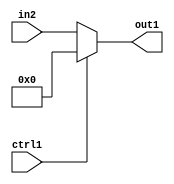
`timescale 1ps / 1ps
/*****************************************************************************
    Verilog RTL Description
    
    
    Created by: Stratus DpOpt 21.05.01 
*******************************************************************************/

module dut_N_Mux_16_2_24_4 (
	in2,
	ctrl1,
	out1
	); /* architecture "behavioural" */ 
input [15:0] in2;
input  ctrl1;
output [15:0] out1;
wire [15:0] asc001;

reg [15:0] asc001_tmp_0;
assign asc001 = asc001_tmp_0;
always @ (ctrl1 or in2) begin
	case (ctrl1)
		1'B1 : asc001_tmp_0 = 16'B0000000000000000 ;
		default : asc001_tmp_0 = in2 ;
	endcase
end

assign out1 = asc001;
endmodule

/* CADENCE  uLXwTgo= : u9/ySxbfrwZIxEzHVQQV8Q== ** DO NOT EDIT THIS LINE ******/